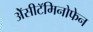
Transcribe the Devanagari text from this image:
ॲेसीटॅमिनोफेन